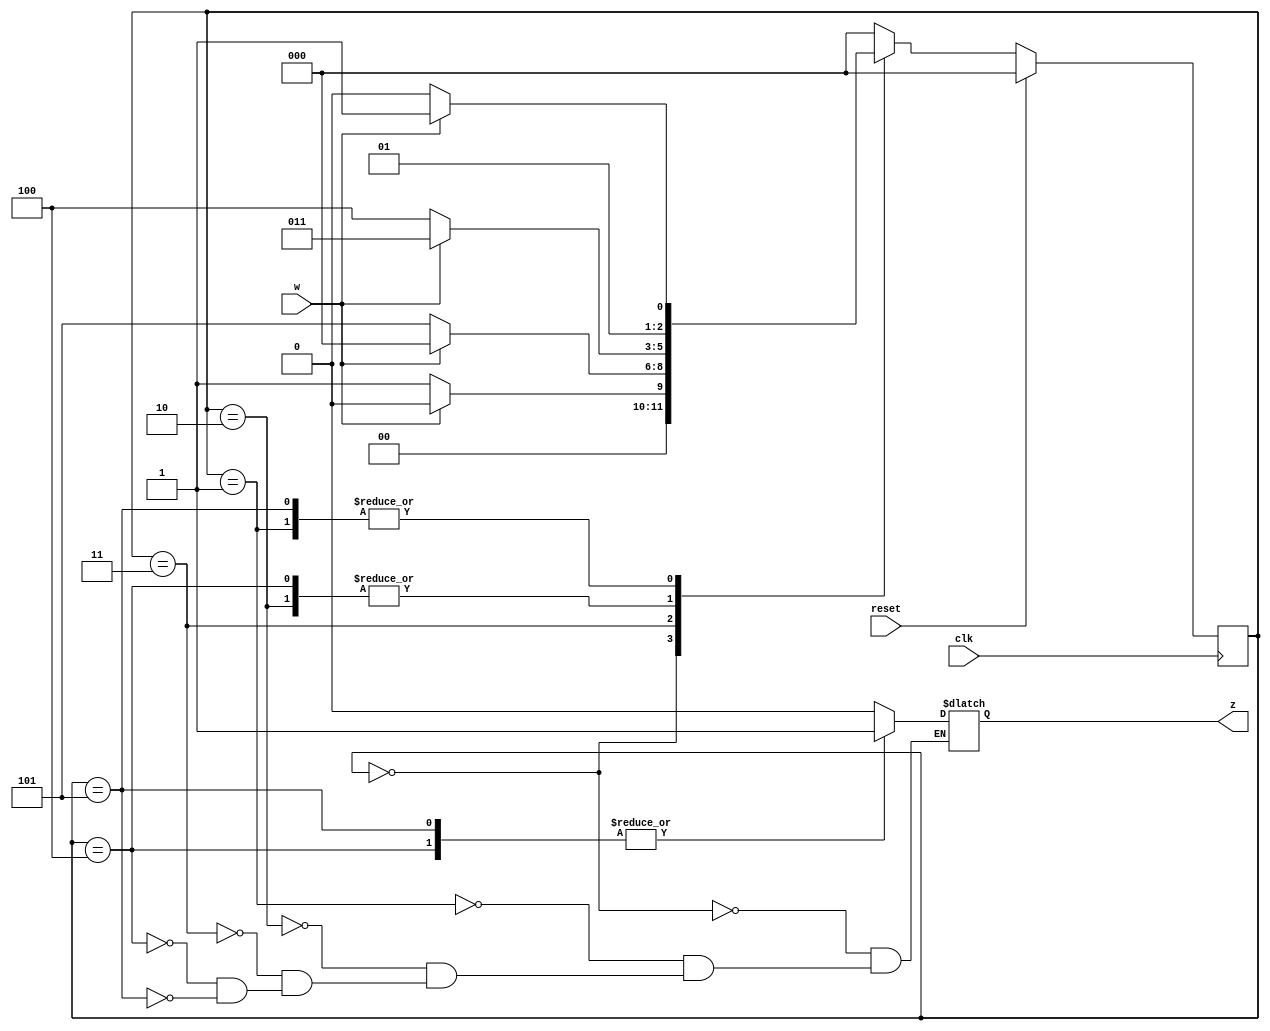
module top_module (
    input clk,
    input reset,     // synchronous reset
    input w,
    output z);
reg [2:0] nstate;
reg [2:0] cstate;
reg z_reg;

always @(posedge clk)begin
    if(reset)begin
        cstate <= 3'b0;
    end
    else begin
        cstate <= nstate;
    end
end

parameter A = 3'b000;
parameter B = 3'b001;
parameter C = 3'b010;
parameter D = 3'b011;
parameter E = 3'b100;
parameter F = 3'b101;

always @(*)begin
    nstate = A;
    case (cstate)
        A:begin
            nstate = w ? A : B;
            z_reg = 1'b0;
        end
        B:begin
            nstate = w ? D : C;
            z_reg = 1'b0;
        end
        C:begin
            nstate = w ? D : E;
            z_reg = 1'b0;
        end
        D:begin
            nstate = w ? A : F;
            z_reg = 1'b0;
        end
        E:begin
            nstate = w ? D : E;
            z_reg = 1'b1;
        end
        F:begin
            nstate = w ? D : C;
            z_reg = 1'b1;
        end
        default:nstate = A;
    endcase
end
assign z = z_reg;
endmodule